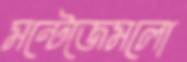
মন্টেজেমলো